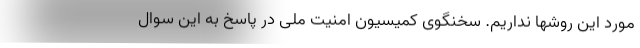
مورد این روشها نداریم. سخنگوی کمیسیون امنیت ملی در پاسخ به این سوال